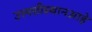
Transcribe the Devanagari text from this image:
उत्त्पत्तीस्थानआहे